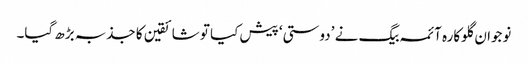
نوجوان گلوکارہ آئمہ بیگ نے ’دوستی‘ پیش کیا تو شائقین کا جذبہ بڑھ گیا۔